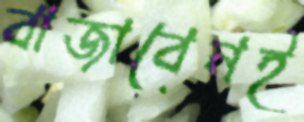
বাজাবেনই